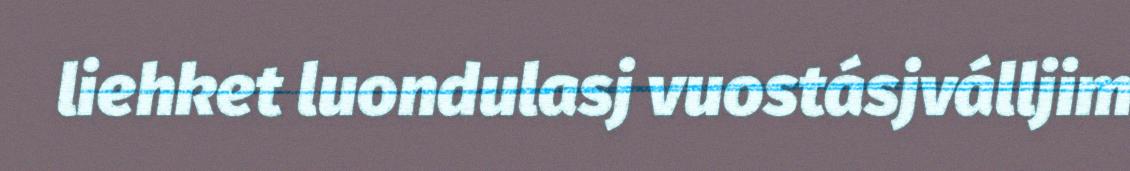
liehket luondulasj vuostásjválljim